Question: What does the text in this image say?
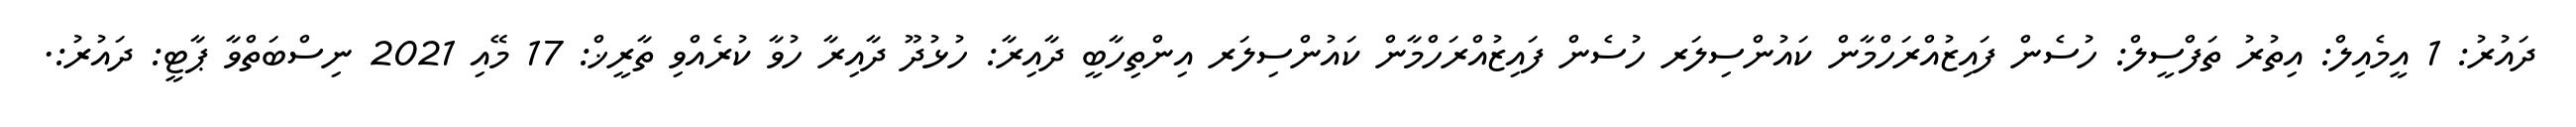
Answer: ދައުރު: 1 އީމެއިލް: އިތުރު ތަފްސީލް: ހުސެން ފައިޒުއްރަހްމާން ކައުންސިލަރ ހުސެން ފައިޒުއްރަހްމާން ކައުންސިލަރ އިންތިހާބީ ދާއިރާ: ހުޅުދޫ ދާއިރާ ހުވާ ކުރެއްވި ތާރީޚް: 17 މޭއި 2021 ނިސްބަތްވާ ޕާޓީ: ދައުރު:.